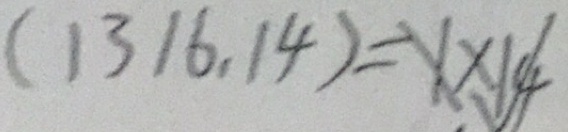
( 1 3 1 6 , 1 4 ) = X \times 1 4 √